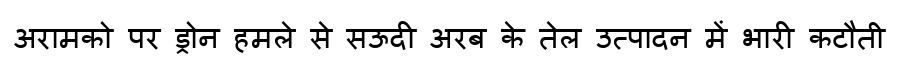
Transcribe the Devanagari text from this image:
अरामको पर ड्रोन हमले से सऊदी अरब के तेल उत्पादन में भारी कटौती